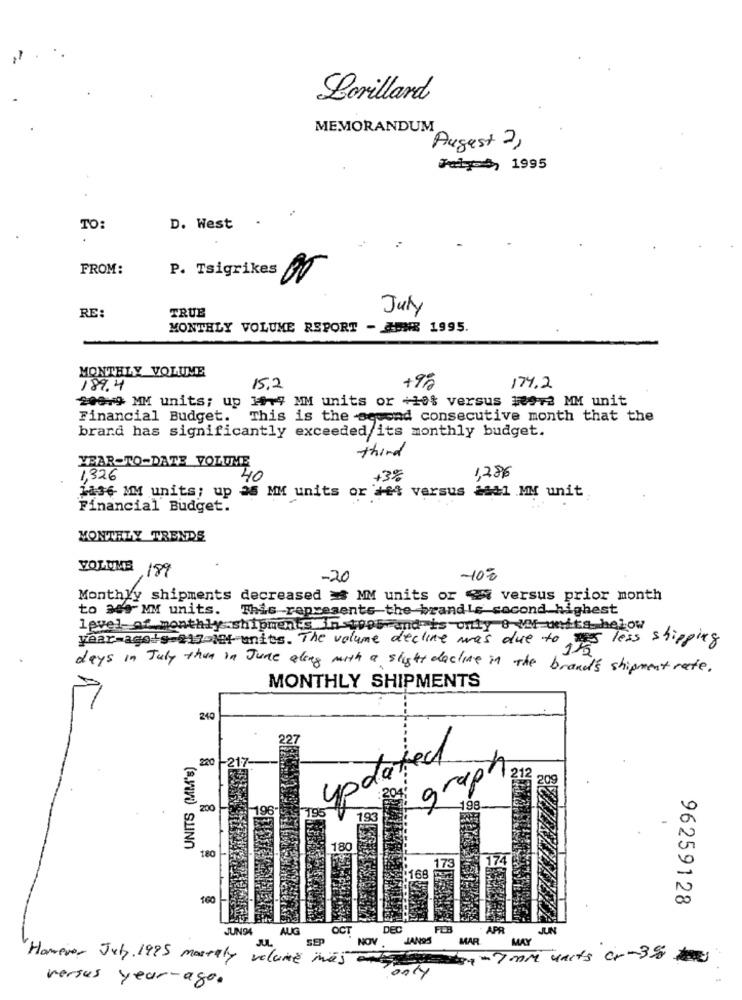
Lorillard
MEMORANDUM
Augest ? ,
Fal 1995
TO:
D. West .
FROM:
P. Tsigrikes
July
RE:
TRUE
MONTHLY VOLUME REPORT - JUNE 1995.
MONTHLY VOLUME
189.4
15,2
+9%
174.2
20079 MM units; up 1979 MM units or +10% versus $9+2 MM unit
Financial Budget.
This is the second consecutive month that the
brand has significantly exceeded its monthly budget.
YEAR-TO-DATE VOLUME
third
1326
40
+3%
1,286
1496 MM units; up 25 MM units or #et versus asal MM unit
Financial Budget.
MONTHLY TRENDS
VOLUME 189
-20
-100
Monthly shipments decreased = MM units or " versus prior month
to 309 MM units. This represents the brand Le second highest
level-af monthly .shipments in 1995 and is only 8 MM units helow
year agots 217-1of units. The volume decline was due to
Je less shipping
days in July than in June along with a slight decline in the brand's shipment rate.
MONTHLY SHIPMENTS
240
updated
220
grup.
200
195
198.
193
(S.VIND SLING
180
180
0
173
160
00
96259128
JUN94
AUG
OCT
DEC
FCB
APR
JUN
SEP
NOV
JANGS
MAR
MAY
Homevor July. 1995 masrally volume mas
Sverige 7 mm units cr-35
versus year-ago.
only